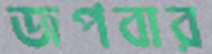
জপবার